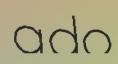
ado